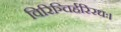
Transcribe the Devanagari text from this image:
विरिञ्चिर्हरिरधः।